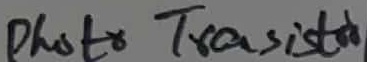
Text: PhotoTransistor